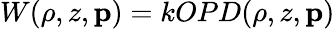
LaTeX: W(\rho,z,\textbf{p})=kOPD(\rho,z,\textbf{p})